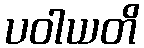
ပဝါယတိ